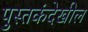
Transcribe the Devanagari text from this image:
पुस्तकंदेखील